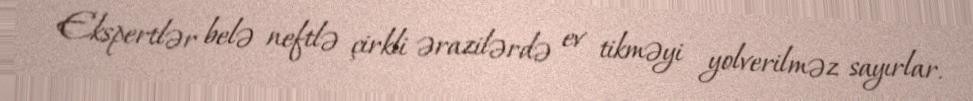
Ekspertlər belə neftlə çirkli ərazilərdə ev tikməyi yolverilməz sayırlar.